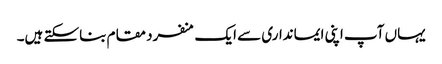
یہاں آپ اپنی ایمانداری سے ایک منفرد مقام بناسکتے ہیں۔